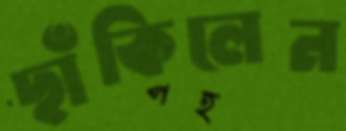
ছাঁকিলেন